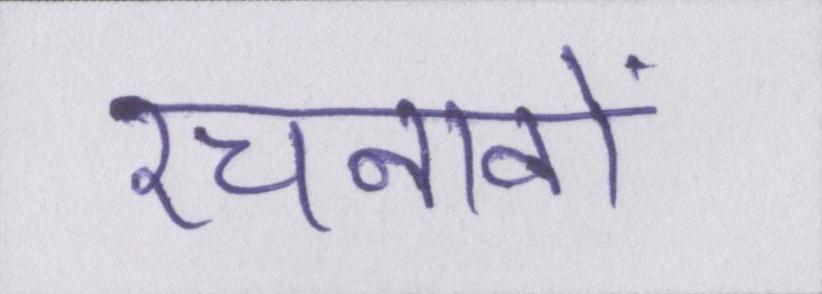
रचनावों